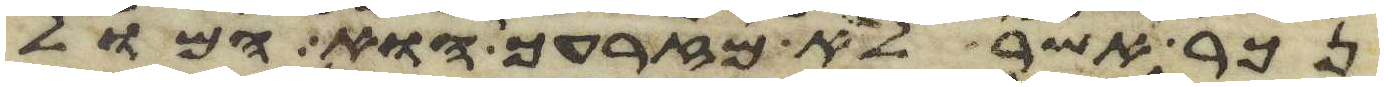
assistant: נכר אשר לא מזרעך הוא המול